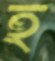
হ